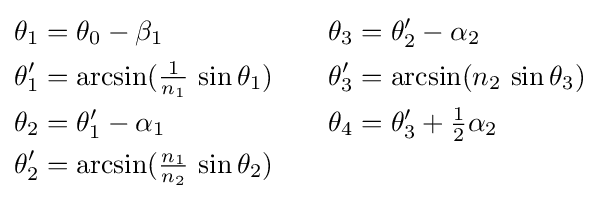
{\begin{aligned}\theta _{1}&=\theta _{0}-\beta _{1}&\theta _{3}&=\theta '_{2}-\alpha _{2}\\\theta '_{1}&=\arcsin({\tfrac {1}{n_{1}}}\,\sin \theta _{1})\quad &\theta '_{3}&=\arcsin(n_{2}\,\sin \theta _{3})\\\theta _{2}&=\theta '_{1}-\alpha _{1}&\theta _{4}&=\theta '_{3}+{\tfrac {1}{2}}\alpha _{2}\\\theta '_{2}&=\arcsin({\tfrac {n_{1}}{n_{2}}}\,\sin \theta _{2})\end{aligned}}